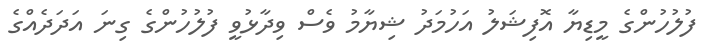
ފުލުހުންގެ މީޑިޔާ އޮފިޝަލު އަހުމަދު ޝިޔާމު ވެސް ވިދާޅުވީ ފުލުހުންގެ ގިނަ އަދަދެއްގެ